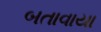
બતાવાયા